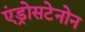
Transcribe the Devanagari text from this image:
एंड्रोसटेनोन